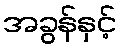
အခွန်နှင့်